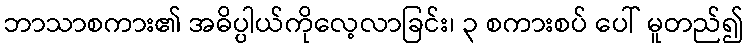
ဘာသာစကား၏ အဓိပ္ပါယ်ကိုလေ့လာခြင်း၊ ၃ စကားစပ် ပေါ် မူတည်၍